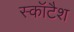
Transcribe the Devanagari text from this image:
स्कॉटैश